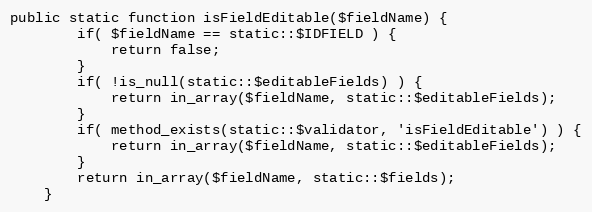
Language: PHP
public static function isFieldEditable($fieldName) {
		if( $fieldName == static::$IDFIELD ) {
			return false;
		}
		if( !is_null(static::$editableFields) ) {
			return in_array($fieldName, static::$editableFields);
		}
		if( method_exists(static::$validator, 'isFieldEditable') ) {
			return in_array($fieldName, static::$editableFields);
		}
		return in_array($fieldName, static::$fields);
	}